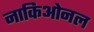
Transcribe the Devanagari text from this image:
नाकिओनल